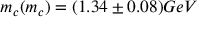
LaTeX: m _ { c } ( m _ { c } ) = ( 1 . 3 4 \pm 0 . 0 8 ) G e V